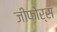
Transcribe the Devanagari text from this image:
जीफ़ोर्स